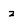
Character: z